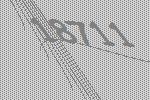
18711